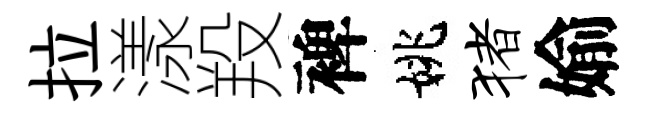
拉漾羖裨姚猪媮